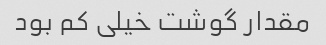
مقدار گوشت خیلی کم بود